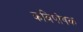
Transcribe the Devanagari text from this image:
कविपोषक